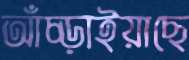
আঁচ্‌ড়াইয়াছে